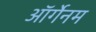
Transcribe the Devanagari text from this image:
ऑर्गेनम